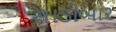
સાડીબાર